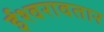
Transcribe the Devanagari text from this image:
ईश्वरावतार